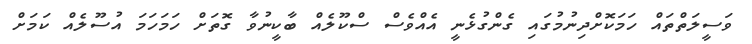
ވަސީލަތްތައް ހަމަކޮށްދިނުމުގައި ގެންގުޅެނީ އެއްވެސް ސްކޫލެއް ބާކީނުވާ ގޮތަށް ހަމަހަމަ އުސޫލެއް ކަމަށް